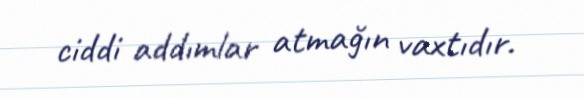
ciddi addımlar atmağın vaxtıdır.